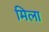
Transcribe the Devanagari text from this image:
मिला